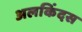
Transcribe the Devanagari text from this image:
अलकिंदस